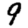
Digit: 9